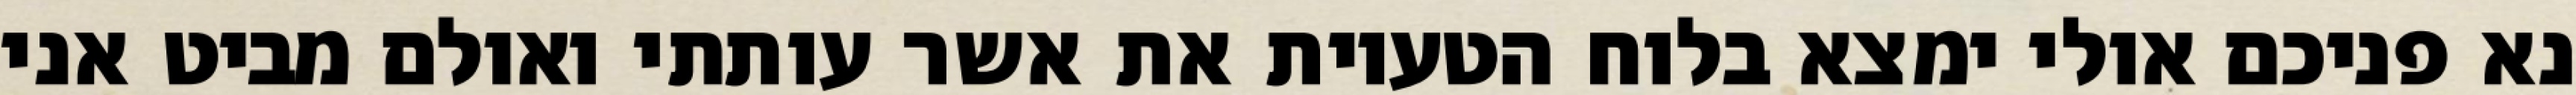
נא פניכם אולי ימצא בלוח הטעיות את אשר עותתי ואולם מביט אני